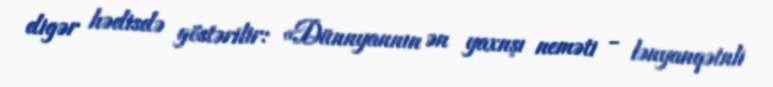
digər hədisdə göstərilir: «Dünnyannın ən yaxnşı neməti - lənyanqətnli